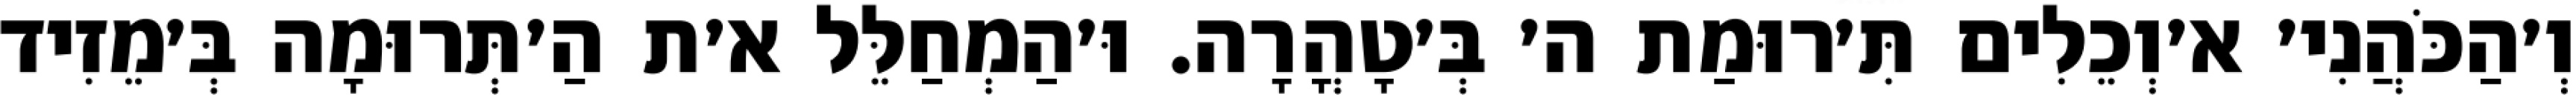
וְ׳הַכֹּהֲנִי׳ א׳וְכֵלִים תִּ׳רוּמַת ה׳ בְּ׳טָהֳרָה. וּ׳הַמְחַלֵּל א׳ת הַ׳תְּרוּמָה בְּ׳מֵזִיד